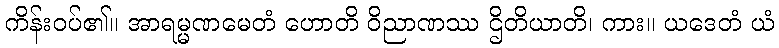
ကိန်းဝပ်၏။ အာရမ္မဏမေတံ ဟောတိ ဝိညာဏဿ ဌိတိယာတိ၊ ကား။ ယဒေတံ ယံ